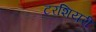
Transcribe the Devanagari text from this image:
टरशियरी